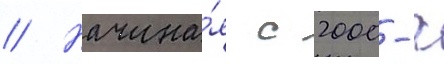
// Начина́я с 2000-х